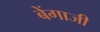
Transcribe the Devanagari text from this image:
बेंगाजी